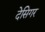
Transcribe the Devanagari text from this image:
देसिगर